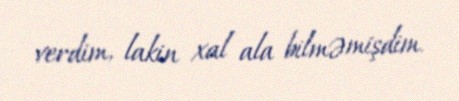
verdim, lakin xal ala bilməmişdim.